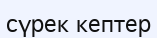
сүрек кептер